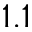
1 . 1